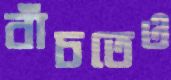
বাঁচতেও